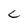
Character: C